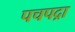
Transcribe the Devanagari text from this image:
पचपद्रा